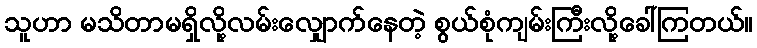
သူဟာ မသိတာမရှိလို့လမ်းလျှောက်နေတဲ့ စွယ်စုံကျမ်းကြီးလို့ခေါ်ကြတယ်။